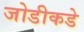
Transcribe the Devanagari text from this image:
जोडीकडे